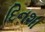
દિનશા